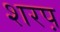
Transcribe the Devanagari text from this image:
शरप़